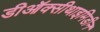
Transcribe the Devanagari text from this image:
डीऑक्सीथाइमिडीन